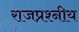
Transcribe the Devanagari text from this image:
राजप्रश्नीय